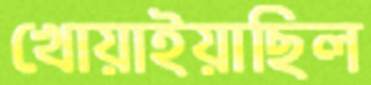
খোয়াইয়াছিল